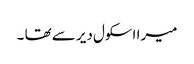
میرا اسکول دیر سے تھا ۔